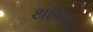
થાબડ